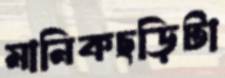
মানিকছড়িটা